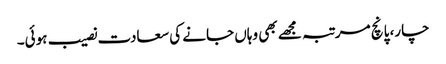
چار، پانچ مرتبہ مجھے بھی وہاں جانے کی سعادت نصیب ہوئی۔